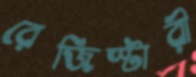
রেজিস্টারী